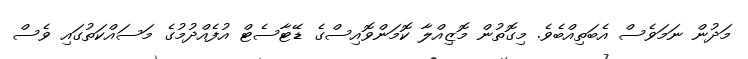
މަދުން ނަމަވެސް އެބަތިއްބެވެ. މިގޮތުން މޮޒިއްލާ ކޮމަންވޮއިސްގެ ޑޭޓާސެޓް އުފެއްދުމުގެ މަސައްކަތުގައި ވެސް